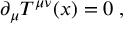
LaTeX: \partial _ { \mu } T ^ { \mu \nu } ( x ) = 0 \; ,